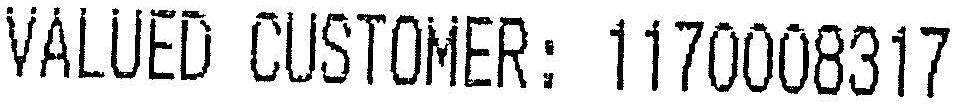
VALUED CUSTOMER: 1170008317